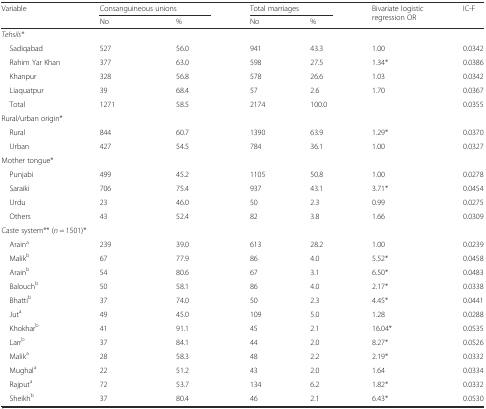
<table><thead><tr><td rowspan="2"><b>Variable</b></td><td colspan="2"><b>Consanguineous unions</b></td><td colspan="2"><b>Total marriages</b></td><td rowspan="2"><b>Bivariate logistic regression OR</b></td><td rowspan="2"><b>IC-F</b></td></tr><tr><td><b>No</b></td><td><b>%</b></td><td><b>No</b></td><td><b>%</b></td></tr></thead><tbody><tr><td colspan="5"><i>Tehsils*</i></td><td></td><td></td></tr><tr><td> Sadiqabad</td><td>527</td><td>56.0</td><td>941</td><td>43.3</td><td>1.00</td><td>0.0342</td></tr><tr><td> Rahim Yar Khan</td><td>377</td><td>63.0</td><td>598</td><td>27.5</td><td>1.34*</td><td>0.0386</td></tr><tr><td> Khanpur</td><td>328</td><td>56.8</td><td>578</td><td>26.6</td><td>1.03</td><td>0.0342</td></tr><tr><td> Liaquatpur</td><td>39</td><td>68.4</td><td>57</td><td>2.6</td><td>1.70</td><td>0.0367</td></tr><tr><td> Total</td><td>1271</td><td>58.5</td><td>2174</td><td>100.0</td><td></td><td>0.0355</td></tr><tr><td colspan="5">Rural/urban origin*</td><td></td><td></td></tr><tr><td> Rural</td><td>844</td><td>60.7</td><td>1390</td><td>63.9</td><td>1.29*</td><td>0.0370</td></tr><tr><td> Urban</td><td>427</td><td>54.5</td><td>784</td><td>36.1</td><td>1.00</td><td>0.0327</td></tr><tr><td colspan="5">Mother tongue*</td><td></td><td></td></tr><tr><td> Punjabi</td><td>499</td><td>45.2</td><td>1105</td><td>50.8</td><td>1.00</td><td>0.0278</td></tr><tr><td> Saraiki</td><td>706</td><td>75.4</td><td>937</td><td>43.1</td><td>3.71*</td><td>0.0454</td></tr><tr><td> Urdu</td><td>23</td><td>46.0</td><td>50</td><td>2.3</td><td>0.99</td><td>0.0275</td></tr><tr><td> Others</td><td>43</td><td>52.4</td><td>82</td><td>3.8</td><td>1.66</td><td>0.0309</td></tr><tr><td colspan="5">Caste system** (<i>n</i> = 1501)*</td><td></td><td></td></tr><tr><td> Arain<sup>a</sup></td><td>239</td><td>39.0</td><td>613</td><td>28.2</td><td>1.00</td><td>0.0239</td></tr><tr><td> Malik<sup>b</sup></td><td>67</td><td>77.9</td><td>86</td><td>4.0</td><td>5.52*</td><td>0.0458</td></tr><tr><td> Arain<sup>b</sup></td><td>54</td><td>80.6</td><td>67</td><td>3.1</td><td>6.50*</td><td>0.0483</td></tr><tr><td> Balouch<sup>b</sup></td><td>50</td><td>58.1</td><td>86</td><td>4.0</td><td>2.17*</td><td>0.0338</td></tr><tr><td> Bhatti<sup>b</sup></td><td>37</td><td>74.0</td><td>50</td><td>2.3</td><td>4.45*</td><td>0.0441</td></tr><tr><td> Jut<sup>a</sup></td><td>49</td><td>45.0</td><td>109</td><td>5.0</td><td>1.28</td><td>0.0288</td></tr><tr><td> Khokhar<sup>b</sup></td><td>41</td><td>91.1</td><td>45</td><td>2.1</td><td>16.04*</td><td>0.0535</td></tr><tr><td> Larr<sup>b</sup></td><td>37</td><td>84.1</td><td>44</td><td>2.0</td><td>8.27*</td><td>0.0526</td></tr><tr><td> Malik<sup>a</sup></td><td>28</td><td>58.3</td><td>48</td><td>2.2</td><td>2.19*</td><td>0.0332</td></tr><tr><td> Mughal<sup>a</sup></td><td>22</td><td>51.2</td><td>43</td><td>2.0</td><td>1.64</td><td>0.0334</td></tr><tr><td> Rajput<sup>a</sup></td><td>72</td><td>53.7</td><td>134</td><td>6.2</td><td>1.82*</td><td>0.0332</td></tr><tr><td> Sheikh<sup>b</sup></td><td>37</td><td>80.4</td><td>46</td><td>2.1</td><td>6.43*</td><td>0.0530</td></tr></tbody></table>